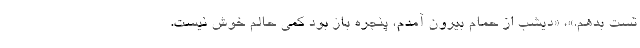
تست بدهم.»، «دیشب از حمام بیرون آمدم، پنجره باز بود کمی حالم خوش نیست.